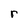
Character: r